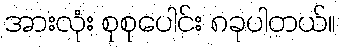
အားလုံး စုစုပေါင်း ၈ခုပါတယ်။